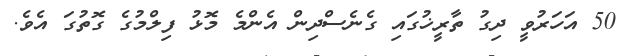
50 އަހަރުވީ ދިގު ތާރީޚުގައި ގެނެސްދިން އެންމެ މޮޅު ފިލްމުގެ ގޮތުގަ އެވެ.